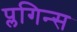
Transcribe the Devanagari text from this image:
प्लगिन्स